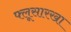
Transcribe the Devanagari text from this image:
फ्लूसारखा